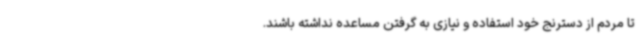
تا مردم از دسترنج خود استفاده و نیازی به گرفتن مساعده‌ نداشته باشند.